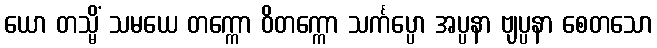
ယော တသ္မိံ သမယေ တက္ကော ဝိတက္ကော သင်္ကပ္ပော အပ္ပနာ ဗျပ္ပနာ စေတသော